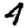
Digit: 4